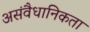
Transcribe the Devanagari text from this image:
असंवैधानिकता